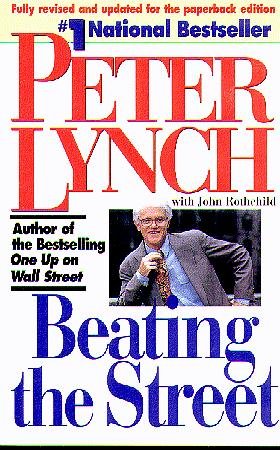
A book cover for Beating the Street; Peter Lynch; Business & Money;